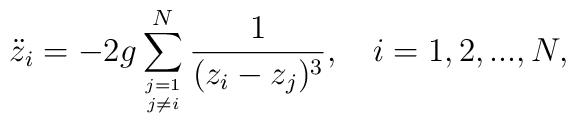
{\ddot z_{i}} =-2g \sum_{j=1 \atop j \ne i}^{N} \frac{1}{(z_{i}-z_{j})^{3}}, \hspace{0.4cm} i=1,2,..., N,